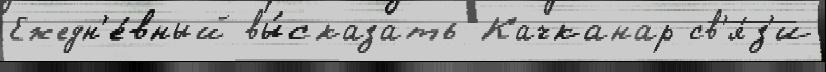
Ежедн'е́вный вы́сказать Качканар св'я́з'и